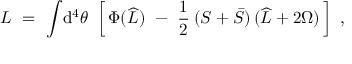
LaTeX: { \cal L } \ = \ \int \! \mathrm { d } ^ { 4 } \theta \ \left[ \, \Phi ( \widehat L ) \ - \ \frac { 1 } { 2 } \: ( S + \bar { S } ) \, ( \widehat L + 2 \Omega ) \, \right] \ ,